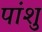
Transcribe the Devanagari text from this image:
पांशु